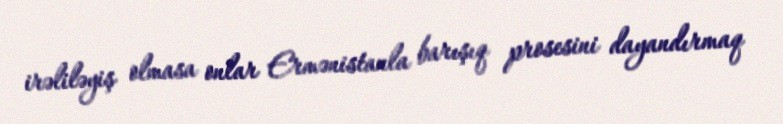
irəliləyiş olmasa onlar Ermənistanla barışıq prosesini dayandırmaq